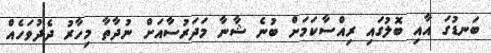
ބަނޑުގަ އާއި ބޮލުގައި ރިއްސާކަމަށް ބުނެ ޝާނާ މަދަރުސާއަށް ނުދާތާ މިހާރު ދެދުވަހެއް